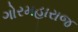
ગોરમહારાજ